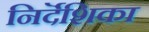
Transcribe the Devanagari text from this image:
निर्दॆशिका